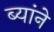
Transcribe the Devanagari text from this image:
ब्यांने